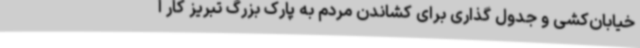
خیابان‌کشی و جدول گذاری برای کشاندن مردم به پارک بزرگ تبریز کار ا